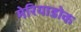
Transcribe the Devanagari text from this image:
मेरियाडोक